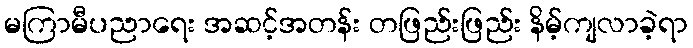
မကြာမီပညာရေး အဆင့်အတန်း တဖြည်းဖြည်း နိမ့်ကျလာခဲ့ရာ